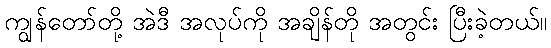
ကျွန်တော်တို့ အဲဒီ အလုပ်ကို အချိန်တို အတွင်း ပြီးခဲ့တယ်။